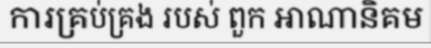
ការគ្រប់គ្រង របស់ ពួក អាណានិគម